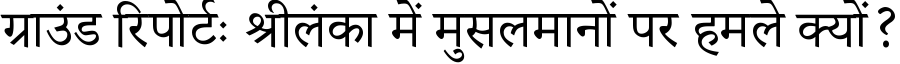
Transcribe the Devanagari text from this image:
ग्राउंड रिपोर्टः श्रीलंका में मुसलमानों पर हमले क्यों?